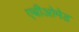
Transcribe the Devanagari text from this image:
एबीओमेड